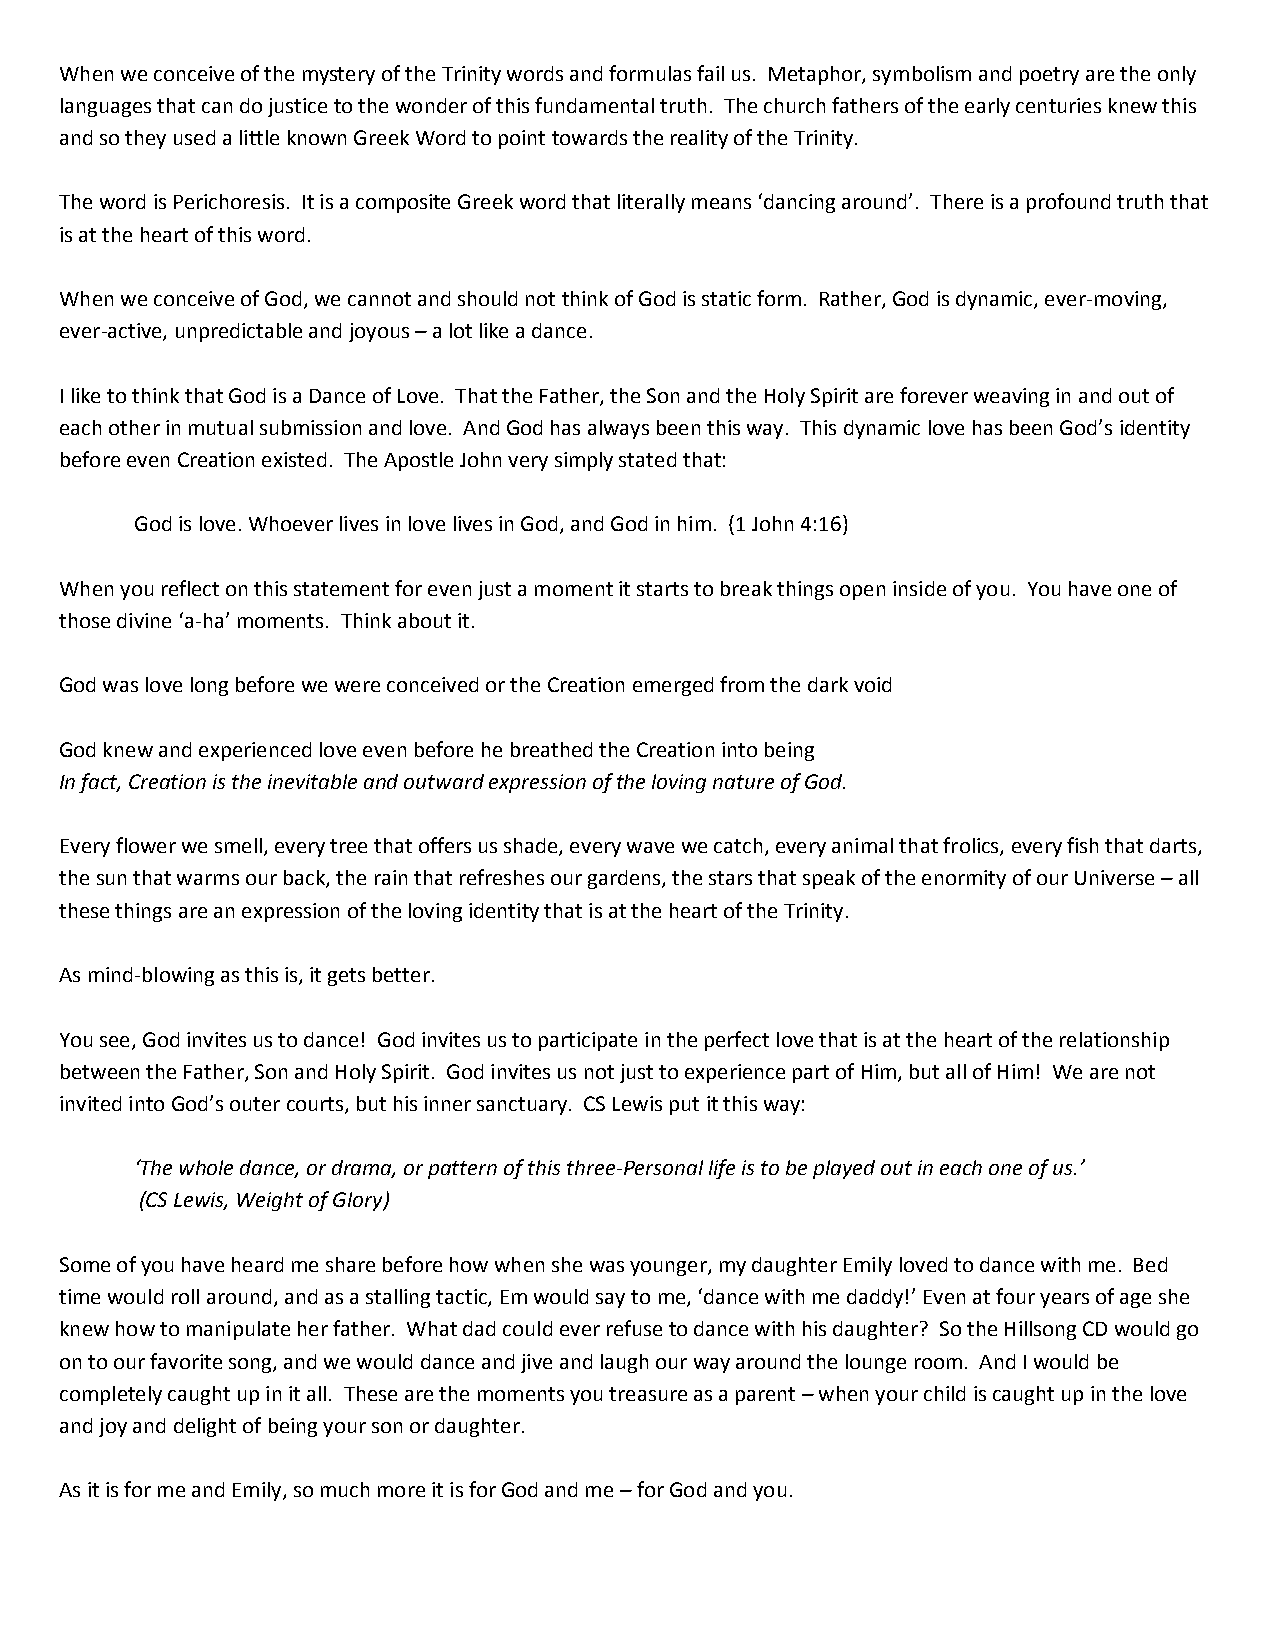
When we conceive of the mystery of the Trinity words and formulas fail us. Metaphor, symbolism and poetry are the only
 languages that can do justice to the wonder of this fundamental truth. The church fathers of the early centuries knew this
 and so they used a little known Greek Word to point towards the reality of the Trinity.
 The word is Perichoresis. It is a composite Greek word that literally means ‘dancing around’. There is a profound truth that
 is at the heart of this word.
 When we conceive of God, we cannot and should not think of God is static form. Rather, God is dynamic, ever-moving,
 ever-active, unpredictable and joyous – a lot like a dance.
 I like to think that God is a Dance of Love. That the Father, the Son and the Holy Spirit are forever weaving in and out of
 each other in mutual submission and love. And God has always been this way. This dynamic love has been God’s identity
 before even Creation existed. The Apostle John very simply stated that:
 God is love. Whoever lives in love lives in God, and God in him. (1 John 4:16)
 When you reflect on this statement for even just a moment it starts to break things open inside of you. You have one of
 those divine ‘a-ha’ moments. Think about it.
 God was love long before we were conceived or the Creation emerged from the dark void
 God knew and experienced love even before he breathed the Creation into being
 In fact, Creation is the inevitable and outward expression of the loving nature of God.
 Every flower we smell, every tree that offers us shade, every wave we catch, every animal that frolics, every fish that darts,
 the sun that warms our back, the rain that refreshes our gardens, the stars that speak of the enormity of our Universe – all
 these things are an expression of the loving identity that is at the heart of the Trinity.
 As mind-blowing as this is, it gets better.
 You see, God invites us to dance! God invites us to participate in the perfect love that is at the heart of the relationship
 between the Father, Son and Holy Spirit. God invites us not just to experience part of Him, but all of Him! We are not
 invited into God’s outer courts, but his inner sanctuary. CS Lewis put it this way:
 ‘The whole dance, or drama, or pattern of this three-Personal life is to be played out in each one of us.’
 (CS Lewis, Weight of Glory)
 Some of you have heard me share before how when she was younger, my daughter Emily loved to dance with me. Bed
 time would roll around, and as a stalling tactic, Em would say to me, ‘dance with me daddy!’ Even at four years of age she
 knew how to manipulate her father. What dad could ever refuse to dance with his daughter? So the Hillsong CD would go
 on to our favorite song, and we would dance and jive and laugh our way around the lounge room. And I would be
 completely caught up in it all. These are the moments you treasure as a parent – when your child is caught up in the love
 and joy and delight of being your son or daughter.
 As it is for me and Emily, so much more it is for God and me – for God and you.